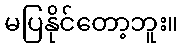
မပြနိုင်တော့ဘူး။